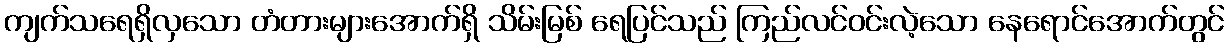
ကျက်သရေရှိလှသော တံတားများအောက်ရှိ သိမ်းမြစ် ရေပြင်သည် ကြည်လင်ဝင်းလဲ့သော နေရောင်အောက်တွင်